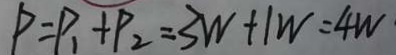
P = P _ { 1 } + P _ { 2 } = 3 W + 1 W = 4 W